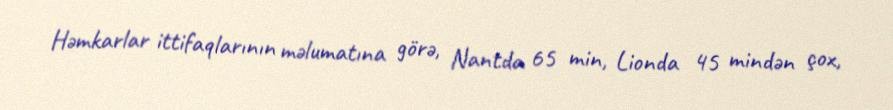
Həmkarlar ittifaqlarının məlumatına görə, Nantda 65 min, Lionda 45 mindən çox,